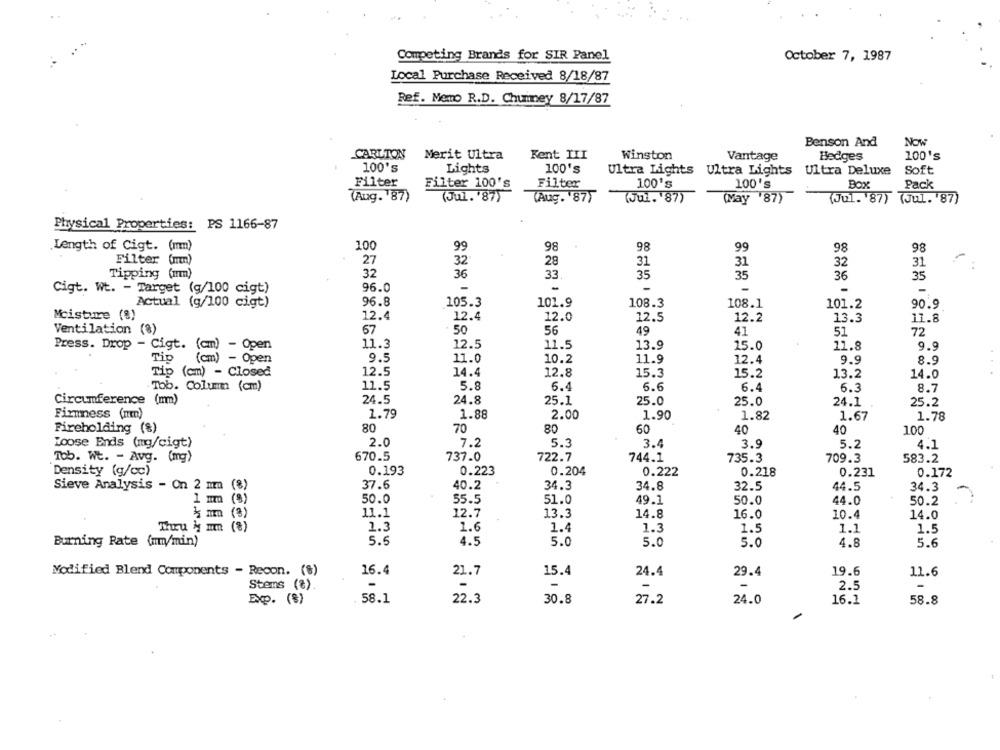
Competing Brands for SIR Panel
October 7, 1987
Local Purchase Received 8/18/87
Ref. Memo R.D. Chuimey 8/17/87
Benson And
Now
CARLTON
Merit Ultra
Kent III
Winston
Vantage
Hedges
100's
100's
Lights
100's
Ultra Lights Ultra Lights Ultra Deluxe
Soft
Filter
Filter 100's
Filter
100's
100's
Box
Pack
(Aug. '87)
(Jul. '87)
(Aug. 87)
(Jul. 87)
(May '87)
(Jul. 87) (Jul. 87)
Physical Properties: PS 1166-87
86
Length of Cigt. (mm)
100
99
98
98
99
98
Filter (mm)
27
32
28
31
31
32
31
Tipping (mm)
32
36
33
35
35
36
35
-
Cigt. Wt. - Target (g/100 cigt)
96.0
-
-
Actual (g/100 cigt)
96.8
105.3
101.9
108.3
108.1
101.2
90.9
Moisture (%)
12.4
12.4
12.0
12.5
12.2
13.3
11.8
Ventilation (8)
67
50
56
49
41
51
72
Press. Drop - Cigt. (cm) - Open
11.3
12.5
11.5
13.9
15.0
11.8
9.9
Tip (cm) - Open
9.5
11.0
10.2
11.9
12.4
9.9
8.9
Tip (cm) - Closed
12.5
14.4
12.8
15.3
15.2
13.2
14.0
Tob. Colummm (cm)
11.5
5.8
6.4
6.6
6.4
6.3
8.7
Circumference (mm)
24.5
24.8
25.1
25.0
25.0
24.1
25.2
Firmness (mm)
1.79
1.88
2.00
1.90
1.82
1.67
1.78
80
Fireholding (%)
70
80
60
40
40
100
2.0
7.2
Loose Ends (mg/cigt)
5.3
3.4
3.9
5.2
4.1
Tob. Wt. - Avg. (mg)
670.5
737.0
744.1
735.3
722.7
709.3
583.2
Density (g/cc)
0.193
0.223
0.204
0.222
0.218
0.231
0.172
Sieve Analysis - On 2 mm (8)
37.6
40.2
34.3
34.8
32.5
44.5
34.3
1 mm (8)
50.0
55.5
51.0
49.1
50.0
44.0
50.2
11.1
12.7
13.3
14.8
16.0
10.4
14.0
Thucu H mn
1.3
1.6
1.4
1.3
1.5
1.1
1.5
4.5
5.0
Burning Rate (mm/min)
5.5
5.0
5.0
4.8
5.6
15.4
Modified Blend Components - Recon. (8)
16.4
21.7
24.4
29.4
19.6
11.6
-
2.5
Stems (8).
Exp. (8)
58.1
22.3
30.8
27.2
24.0
16.1
58.8